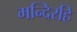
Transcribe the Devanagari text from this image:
मन्दिरहि